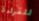
للقراءة